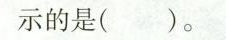
示的是( )。